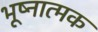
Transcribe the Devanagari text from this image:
भूष्नात्मक